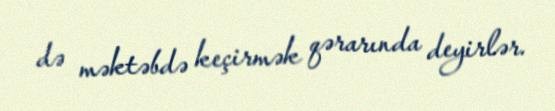
də məktəbdə keçirmək qərarında deyirlər.